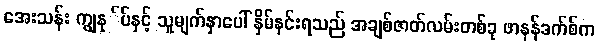
အေးသန်း ကျွနု်ပ်နှင့် သူမျက်နှာပေါ် နှိမ်နင်းရသည် အချစ်ဇာတ်လမ်းတစ်ခု ဖာနန်ဒက်စ်က